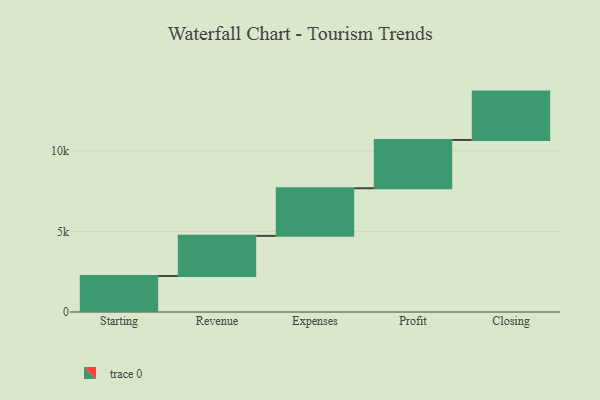
{"axis": {"x": "Step", "y": "Value"}, "legend": [""], "data": [{"x": "Starting", "y": 2233.0, "type": ""}, {"x": "Revenue", "y": 2492.0, "type": ""}, {"x": "Expenses", "y": 2954.0, "type": ""}, {"x": "Profit", "y": 3000, "type": ""}, {"x": "Closing", "y": 3000, "type": ""}]}